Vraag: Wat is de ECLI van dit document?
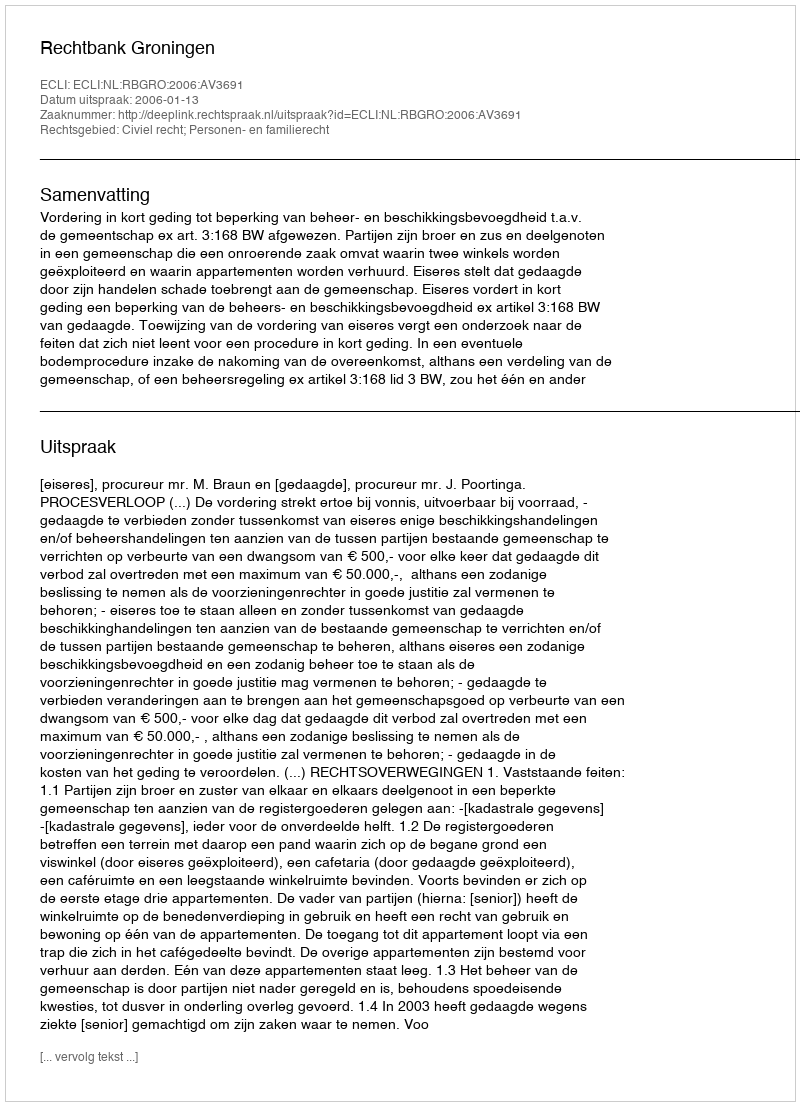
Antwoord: ECLI:NL:RBGRO:2006:AV3691